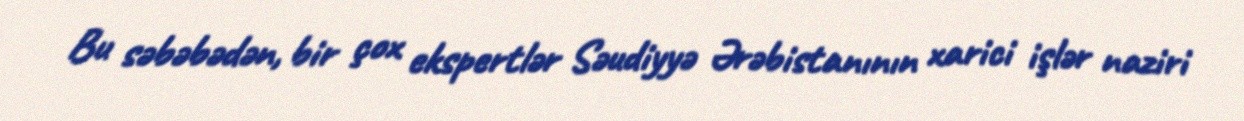
Bu səbəbədən, bir çox ekspertlər Səudiyyə Ərəbistanının xarici işlər naziri